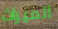
الميراث